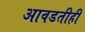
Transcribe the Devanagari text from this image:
आवडतीही